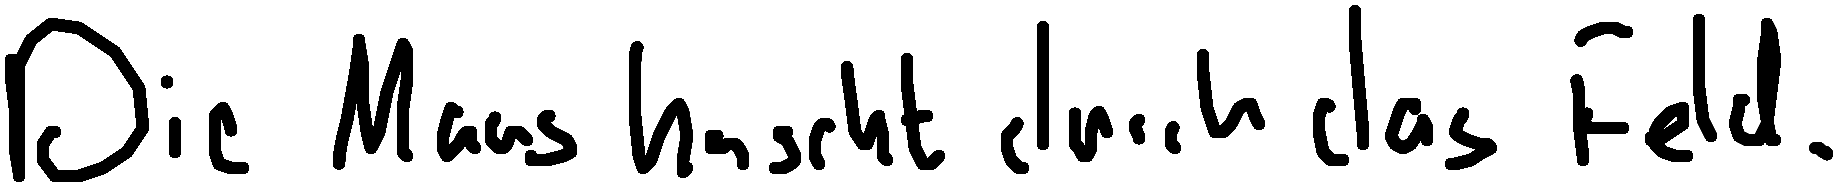
Die Maus huscht durch das Feld.